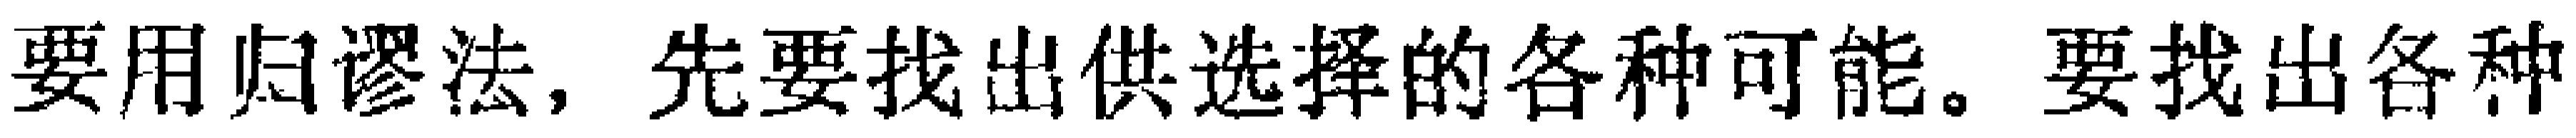
要用归谬法，先要找出供选择的各种可能。要找出各种